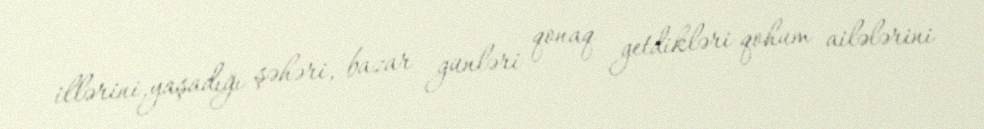
illərini,yaşadığı şəhəri, bazar günləri qonaq getdikləri qohum ailələrini